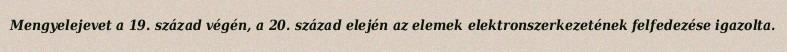
Mengyelejevet a 19. század végén, a 20. század elején az elemek elektronszerkezetének felfedezése igazolta.